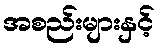
အစည်းများနှင့်